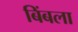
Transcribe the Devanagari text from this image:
बिंबला